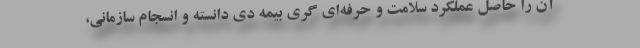
آن را حاصل عملکرد سلامت و حرفه‌ای گری بیمه دی دانسته و انسجام سازمانی،